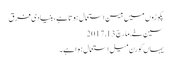
پکوڑوں میں بیسن استعمال ہوتا ہے، بنیادی فرق
سین خے, ‏مارچ 13, 2017
یہاں کورن میل استعمال ہوا ہے۔